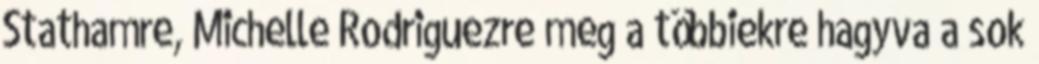
Stathamre, Michelle Rodriguezre meg a többiekre hagyva a sok